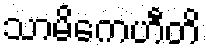
သာမိကေဟီတိ